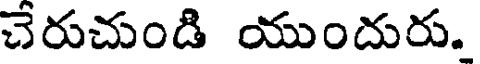
చేరుచుండి యుందురు.